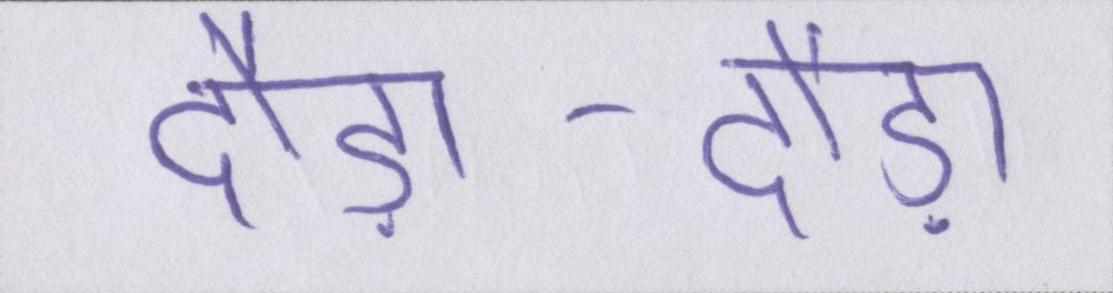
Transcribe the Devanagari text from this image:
दौड़ा-दौड़ा